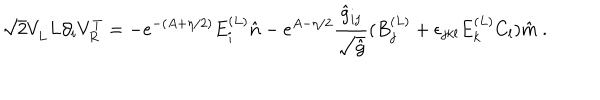
\sqrt { 2 } V _ { L } ^ { \vphantom { T } } L \partial _ { i } V _ { R } ^ { T } = - e ^ { - ( A + \eta / 2 ) } E _ { i } ^ { ( L ) } \hat { n } - e ^ { A - \eta / 2 } { \frac { \hat { g } _ { i j } } { \sqrt { \hat { g } } } } ( B _ { j } ^ { ( L ) } + \epsilon _ { j k l } E _ { k } ^ { ( L ) } C _ { l } ) \hat { m } \ .